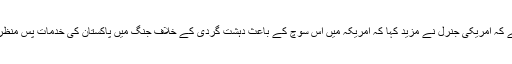
بیان میں کہا گیا ہے کہ امریکی جنرل نے مزید کہا کہ امریکہ میں اس سوچ کے باعث دہشت گردی کے خلاف جنگ میں پاکستان کی خدمات پس منظر میں چلی گئی ہیں۔